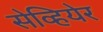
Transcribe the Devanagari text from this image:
सेव्हियेर